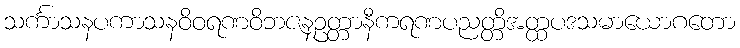
သင်္ကာသနပကာသနဝိဝရဏဝိဘဇနဥတ္တာနီကရဏပညတ္တိအတ္ထပဒသမာယောဂတော